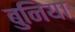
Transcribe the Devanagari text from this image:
बुनिया